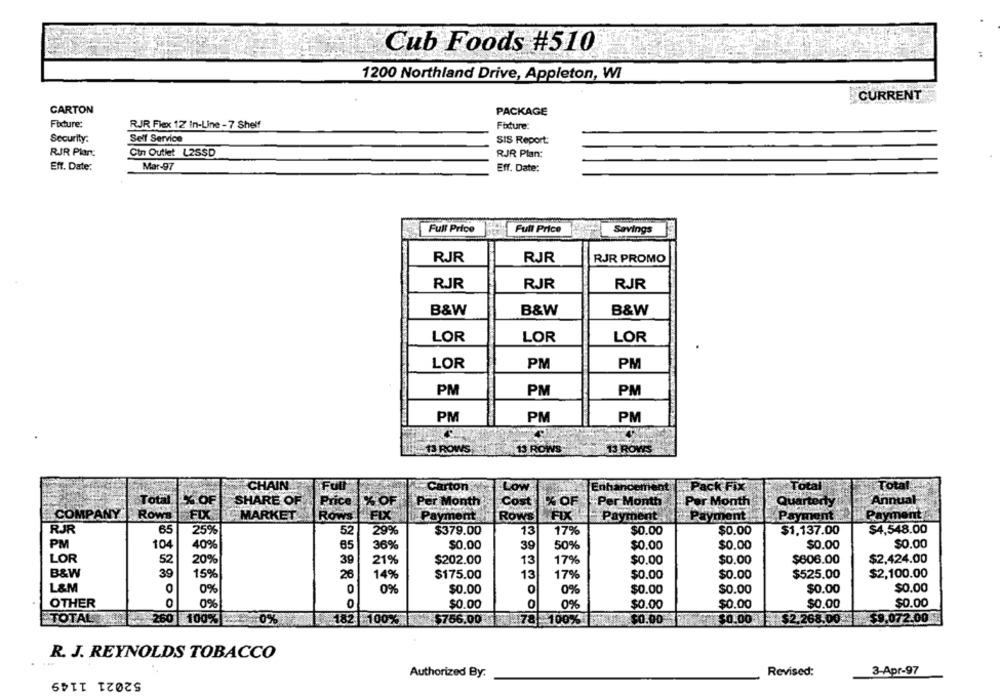
Cub Foods #510
1200 Northland Drive, Appleton, WI
CURRENT
CARTON
PACKAGE
Fixture:
RJR Flex 12 In-Line - 7 Shelf
Fixture:
Security.
Self Service
SIS Report:
RJR Plar:
Cin Outlet L2SSD
RJR Plan:
Eff. Date:
Mar-97
Eff. Date:
Full Price
Full Price
Savings
RJR
RJR
RJR PROMO
RJR
RJR
RJR
B&W
B&W
B&W
LOR
LOR
LOR
LOR
PM
PM
PM
PM
PM
PM
PM
PM
13 ROWS
13 ROWS:
13 ROWS
CHAIN
Total
Carton
OW
Ent
Pack Fix
Total
Total
% OF
Annual
SHARE OF
Price
Per Month
Cost
% OF
Per Month
Per Month
rterty
COMPANY
FIX
Rows
MARKET
ROWS
Payment
Rows
FIX
Payment
Payment
Payment
Payment
RJR
65
$4,548.00
25%
52
29%
$379.00
13
17%
$0.00
$0.00
$1,137.00
PM
104
409%
85
36%
$0.00
39
50%
$0.00
$0.00
$0.00
$0.00
LOR
52
20%
39
21%
$202.00
13
17%
$0.00
$0.00
$606.00
$2,424.00
B&W
39
15%
26
14%
$175.00
13
17%
$0.00
$0.00
$525.00
$2,100.00
L&M
0%
0
0%%
$0.00
0
0%
$0.00
$0.00
$0.00
$0.00
OTHER
0%
0
$0.00
0%
$0.00
$0.00
$0.00
$0.00
TOTAL
260
100%
0%
182 | 1007
$756.00
78) 100%
$0.00
$2.268.00
$9.072.00.
$0.00
R. J. REYNOLDS TOBACCO
52021 1149
Authorized By:
Revised:
3-Apr-97